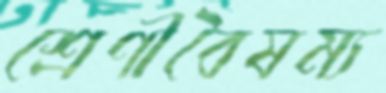
শ্রেণীবৈষম্য